65_HS1-834228961_62-HQ-83894_Section_9
Agency: FBI
Page 236
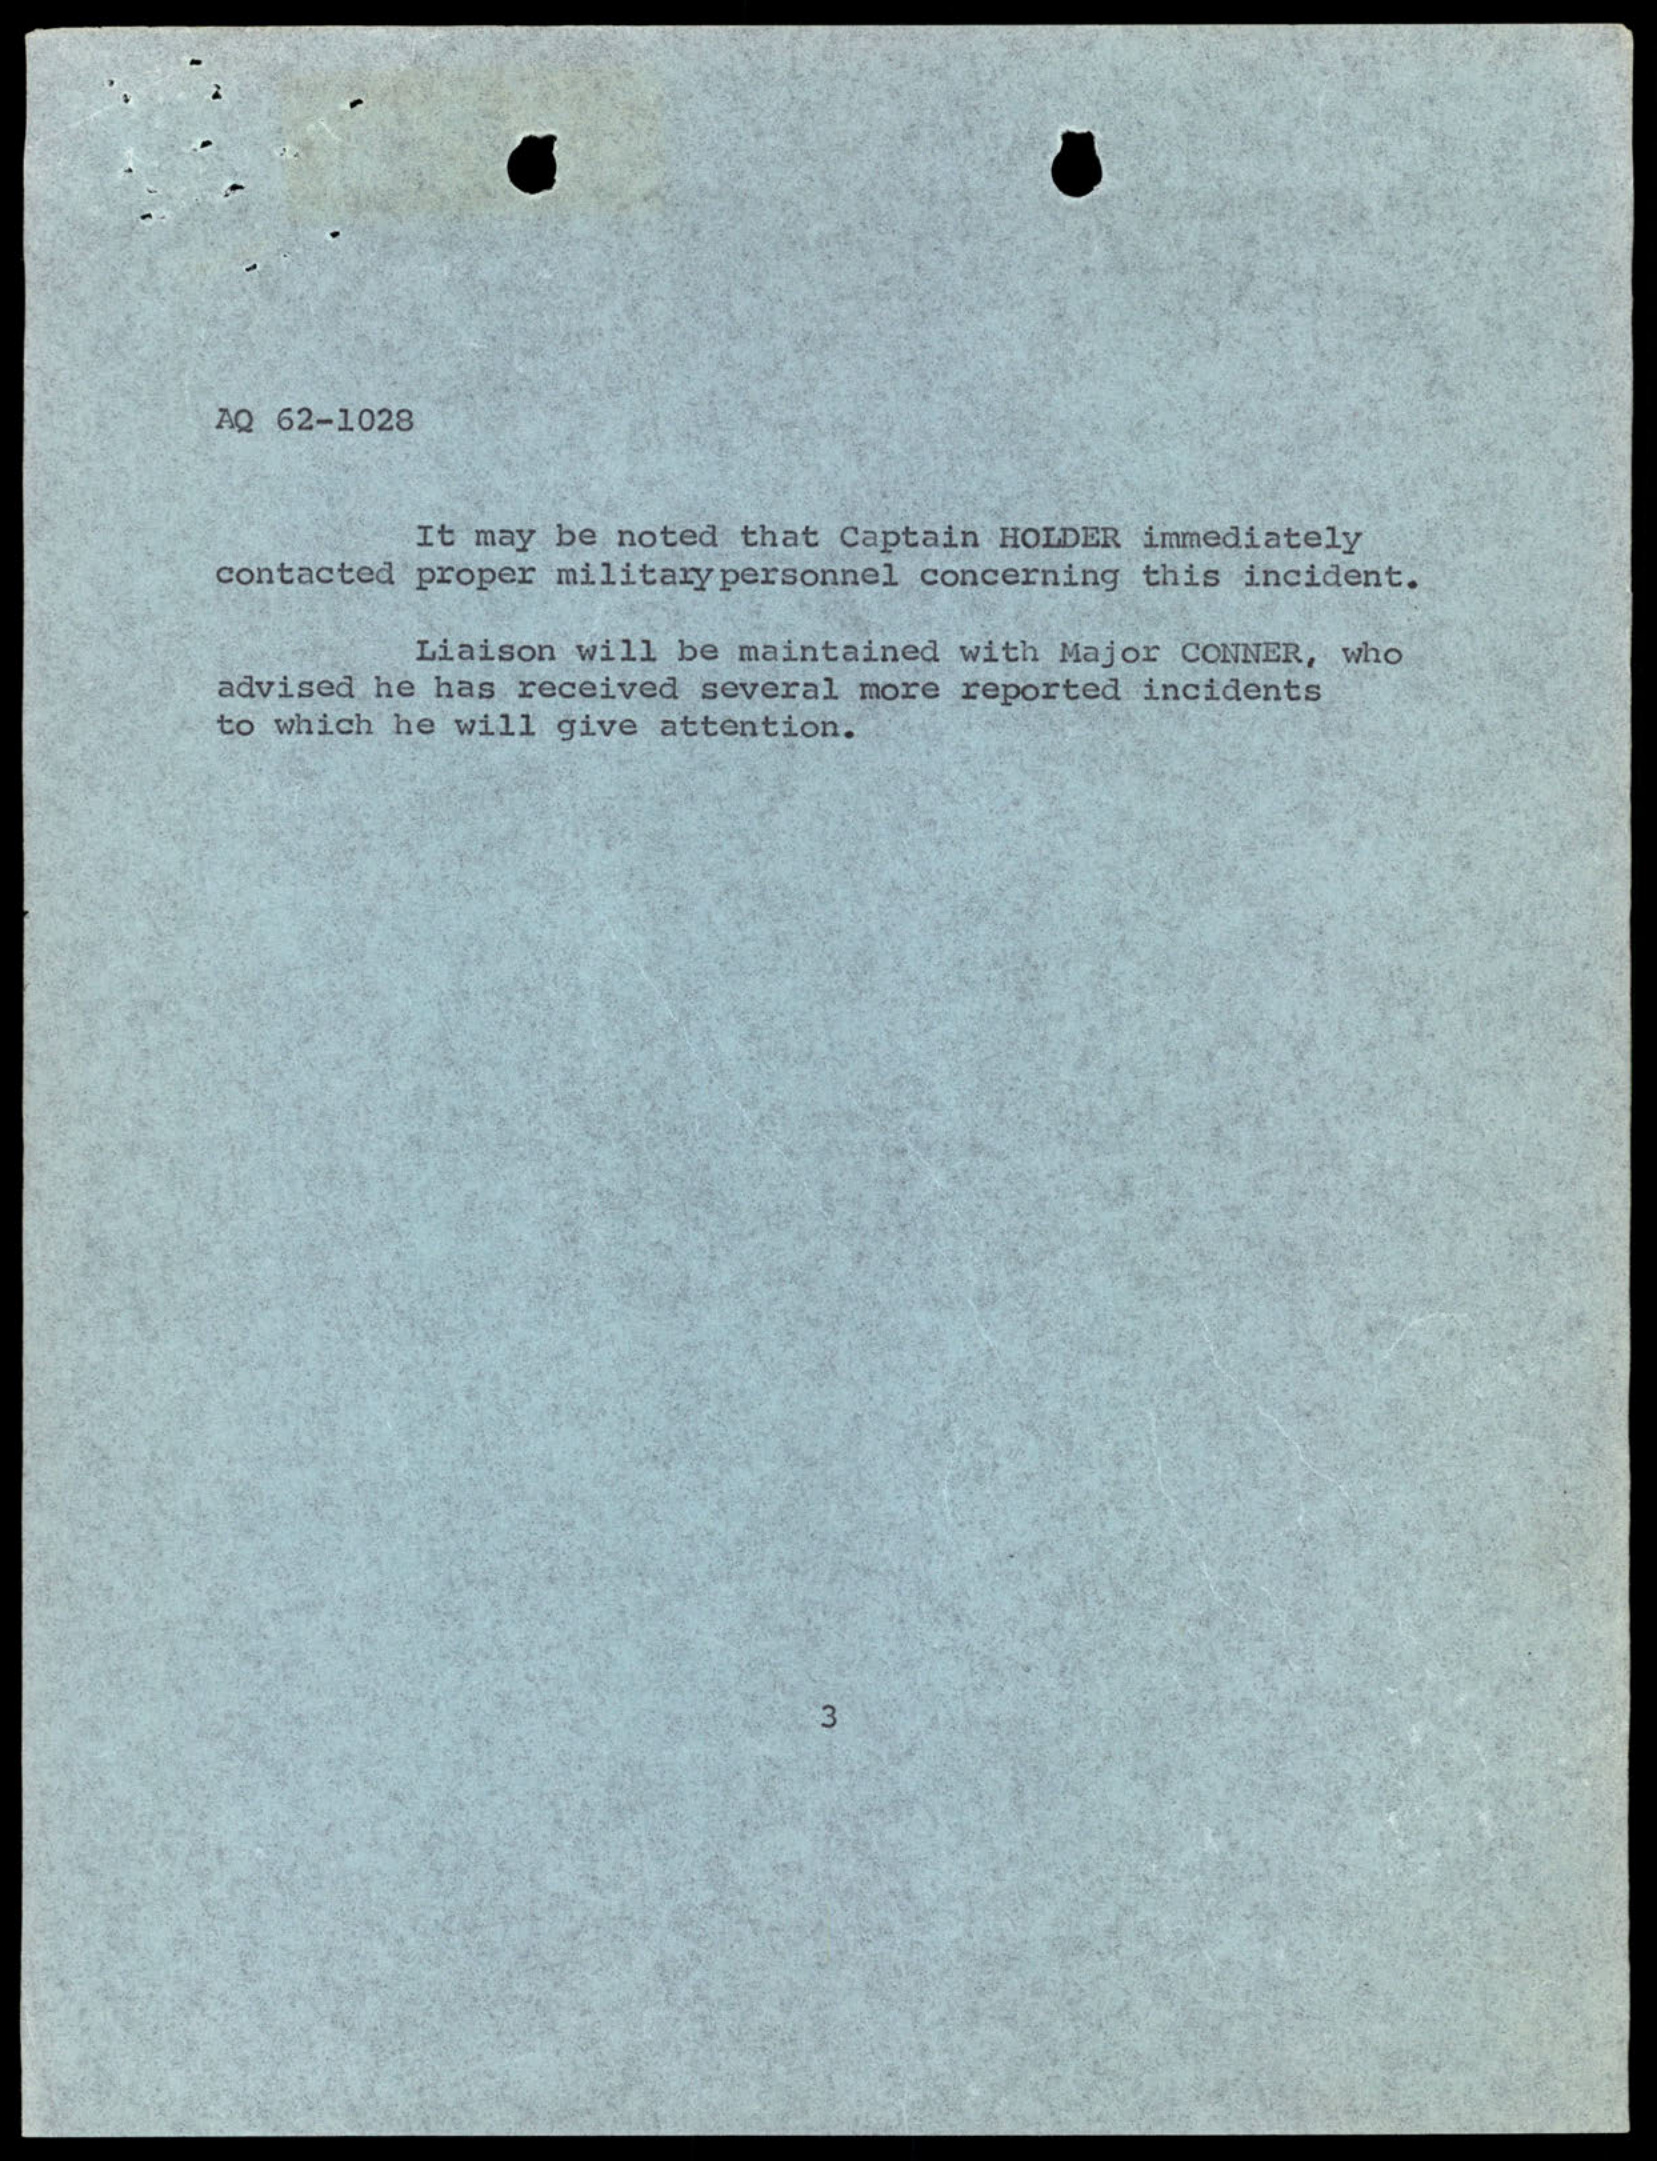